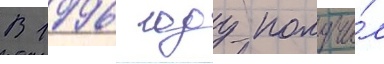
В 1996 году получи́л